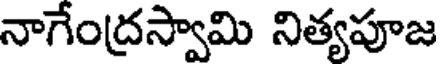
నాగేంద్రస్వామి నిత్యపూజ